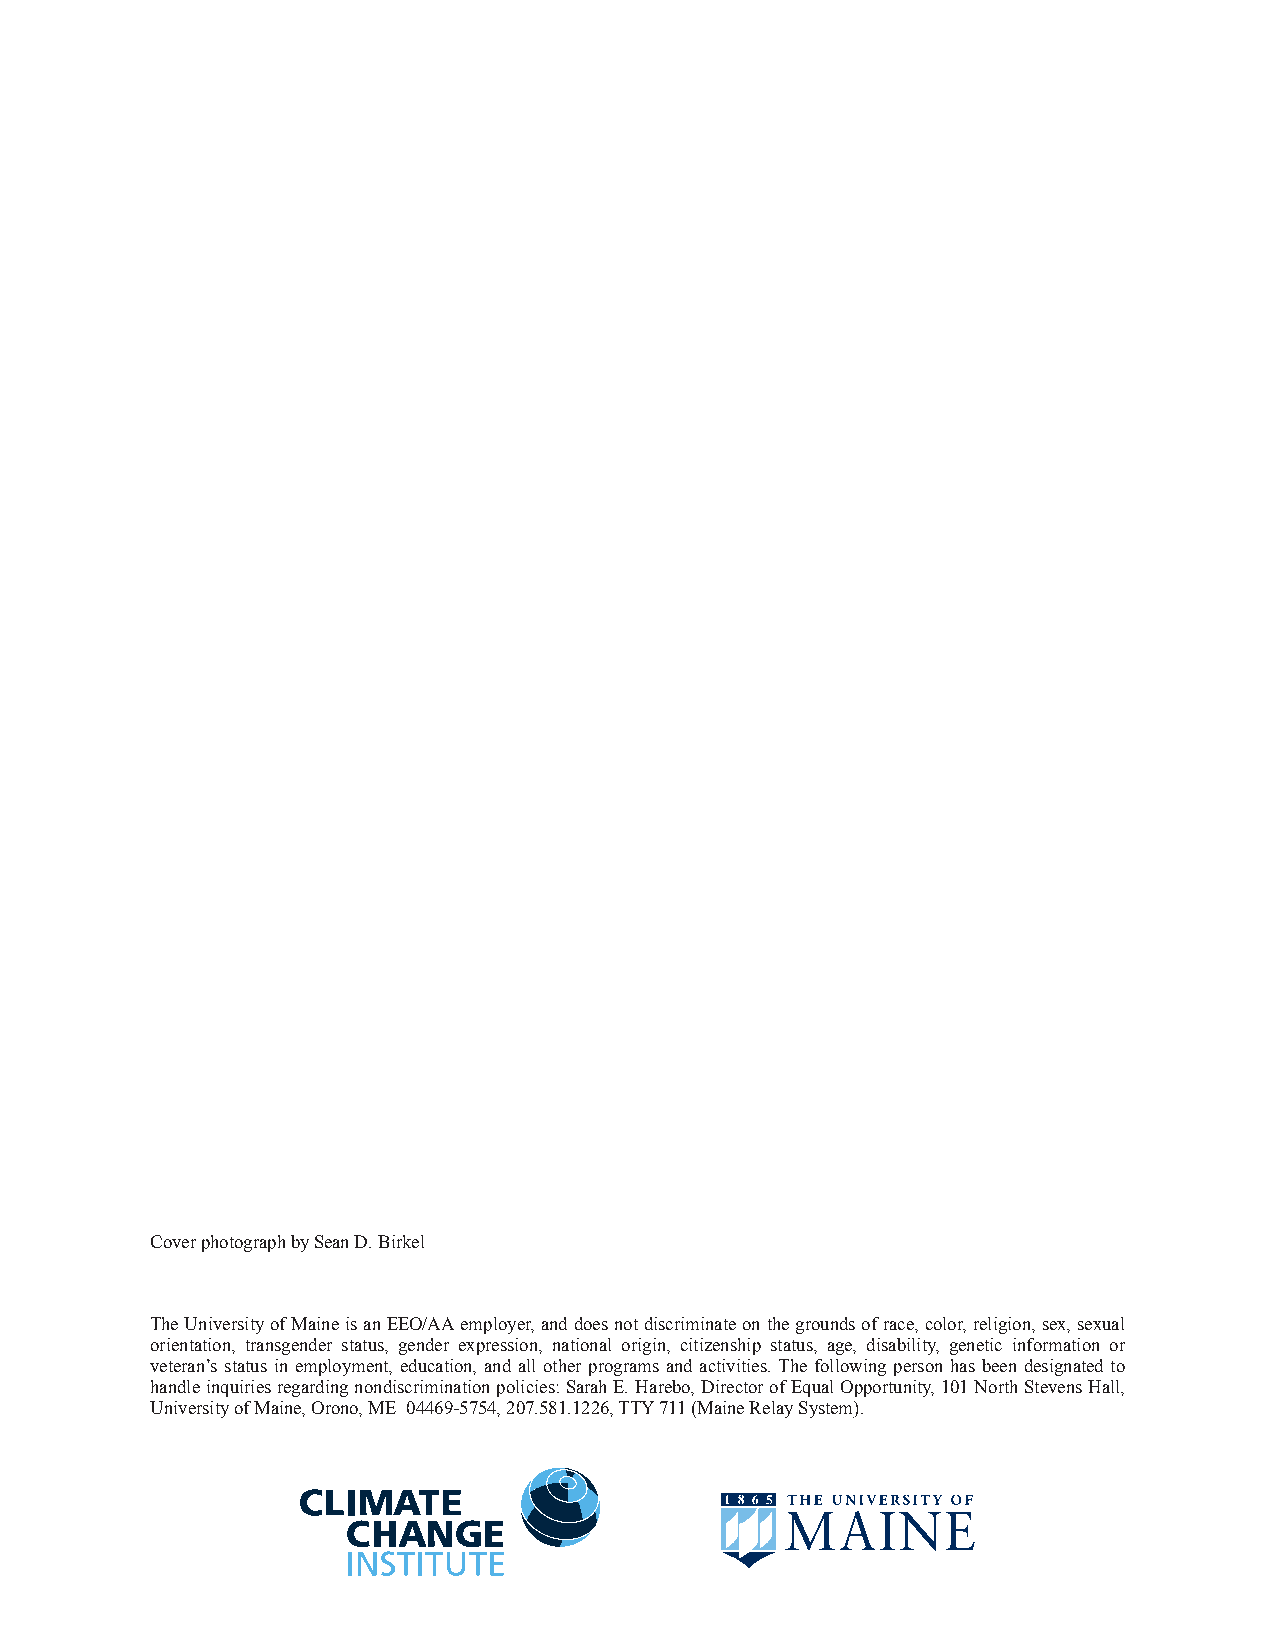
Cover photograph by Sean D. Birkel
 The University of Maine is an EEO/AA employer, and does not discriminate on the grounds of race, color, religion, sex, sexual
 orientation, transgender status, gender expression, national origin, citizenship status, age, disability, genetic information or
 veteran’s status in employment, education, and all other programs and activities. The following person has been designated to
 handle inquiries regarding nondiscrimination policies: Sarah E. Harebo, Director of Equal Opportunity, 101 North Stevens Hall,
 University of Maine, Orono, ME 04469-5754, 207.581.1226, TTY 711 (Maine Relay System).